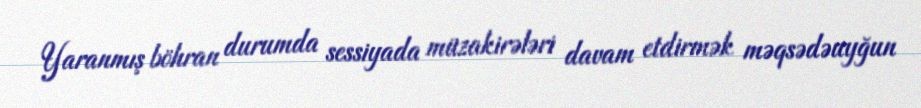
Yaranmış böhran durumda sessiyada müzakirələri davam etdirmək məqsədəuyğun